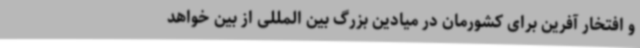
و افتخار آفرین برای کشورمان در میادین بزرگ بین المللی از بین خواهد